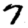
Digit: 7